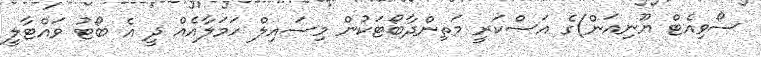
ސޯވިއެޓް ޔޫނިއަން)ގެ އަސްކަރީ މަތިންދާބޯޓަކުން މިސައިލް ހަމަލާއެއް ދީ އެ ބޯޓު ވައްޓާލީ